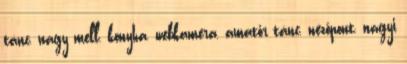
tánc, nagy mell, konyha, webkamera, amatőr tánc, nézőpont, nagyi